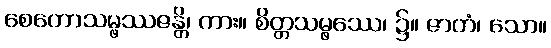
စေတောသမ္ဖဿဇန္တိ၊ ကား။ စိတ္တသမ္ဖဿေ၊ ၌။ ဇာတံ၊ သော။